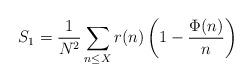
LaTeX: \begin{align*}S_1 =\frac{1}{N^2} \sum_{n \le X} r(n) \left(1- \frac{\Phi(n)}{n}\right)\end{align*}